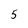
Character: 5